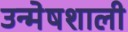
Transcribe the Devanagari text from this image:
उन्मेषशाली